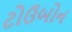
ટોઉબોન